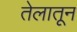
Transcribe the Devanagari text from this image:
तेलातून